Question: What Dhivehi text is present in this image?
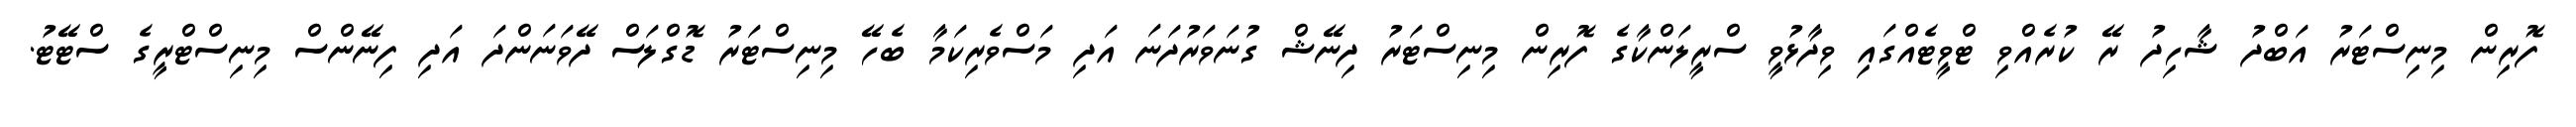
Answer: ފޮރިން މިނިސްޓަރު އަބްދު ޝާހިދު ރޭ ކުރެއްވި ޓްވީޓެއްގައި ވިދާޅުވީ ސްރީލަންކާގެ ފޮރިން މިނިސްޓަރު ދިނޭޝް ގުނަވަރުދަނަ އަދި މަސްވެރިކަމާ ބެހޭ މިނިސްޓަރު ޑޮގްލަސް ދޭވަނަންދަ އަދި ފިނޭންސް މިނިސްޓްރީގެ ސްޓޭޓު.